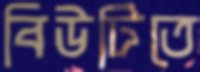
বিউটিতে